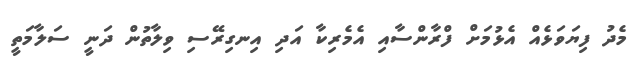
މެދު ފިޔަވަޅެއް އެޅުމަށް ފްރާންސާއި އެމެރިކާ އަދި އިނގިރޭސި ވިލާތުން ދަނީ ސަލާމަތީ